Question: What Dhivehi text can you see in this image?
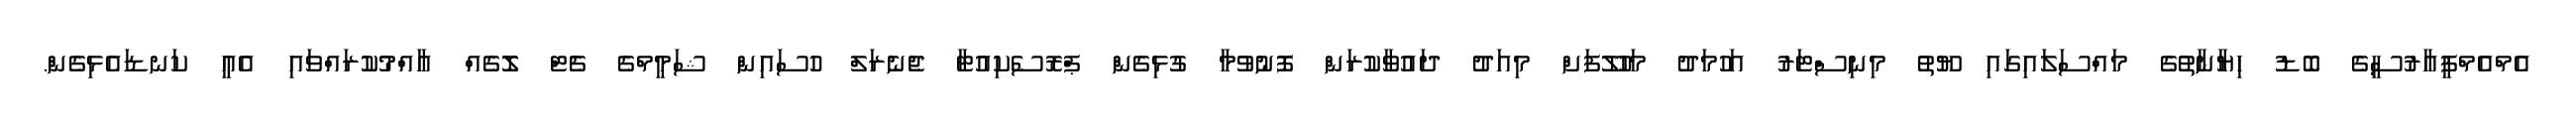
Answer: އެމްއެމްޕީއާރުސީގެ ބޮޑު ހިޔާނާތުގެ މައްސަލައިގައި ޔޫތު މިނިސްޓަރު އަހުމަދު މަހުލޫފަށް މިއަދު ދައުވާކުރަން ފޮނުވުމާ ގުޅިގެން ޕްރޮސެކިއުޓާ ޖެނެރަލް ހުސައިން ޝަމީމްގެ ޗެޓް ލޮގެއް އާއްމުކުރައްވައި އެއީ ކަނޑައެޅިގެން.